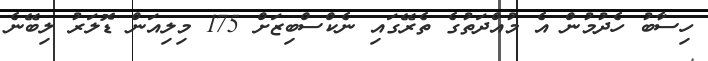
ހިސާބު ހެދުމުން އެ މުއްދަތުގެ ތެރޭގައި ނެކްސްބިޒަށް 175 މިލިއަން ޑޮލަރު ލިބޭނެ